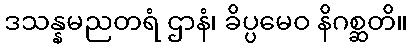
ဒသန္နမညတရံ ဌာနံ၊ ခိပ္ပမေဝ နိဂစ္ဆတိ။